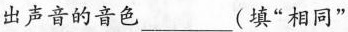
出声音的音色___(填”相同”